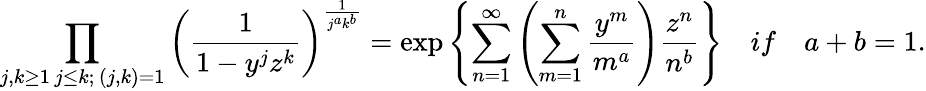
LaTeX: \prod_{\substack{j,k\geq 1\, j\leq k;\, (j,k)=1}}\left(\frac{1}{1-y^{j}z^{k}}\right)^{\frac{1}{j^{a}k^{b}}}=\exp\left\{ \sum_{n=1}^{\infty}\left(\sum_{m=1}^{n}\frac{y^{m}}{m^{a}}\right)\frac{z^{n}}{n^{b}}\right\} \quad if\quad a+b=1.